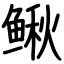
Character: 鳅